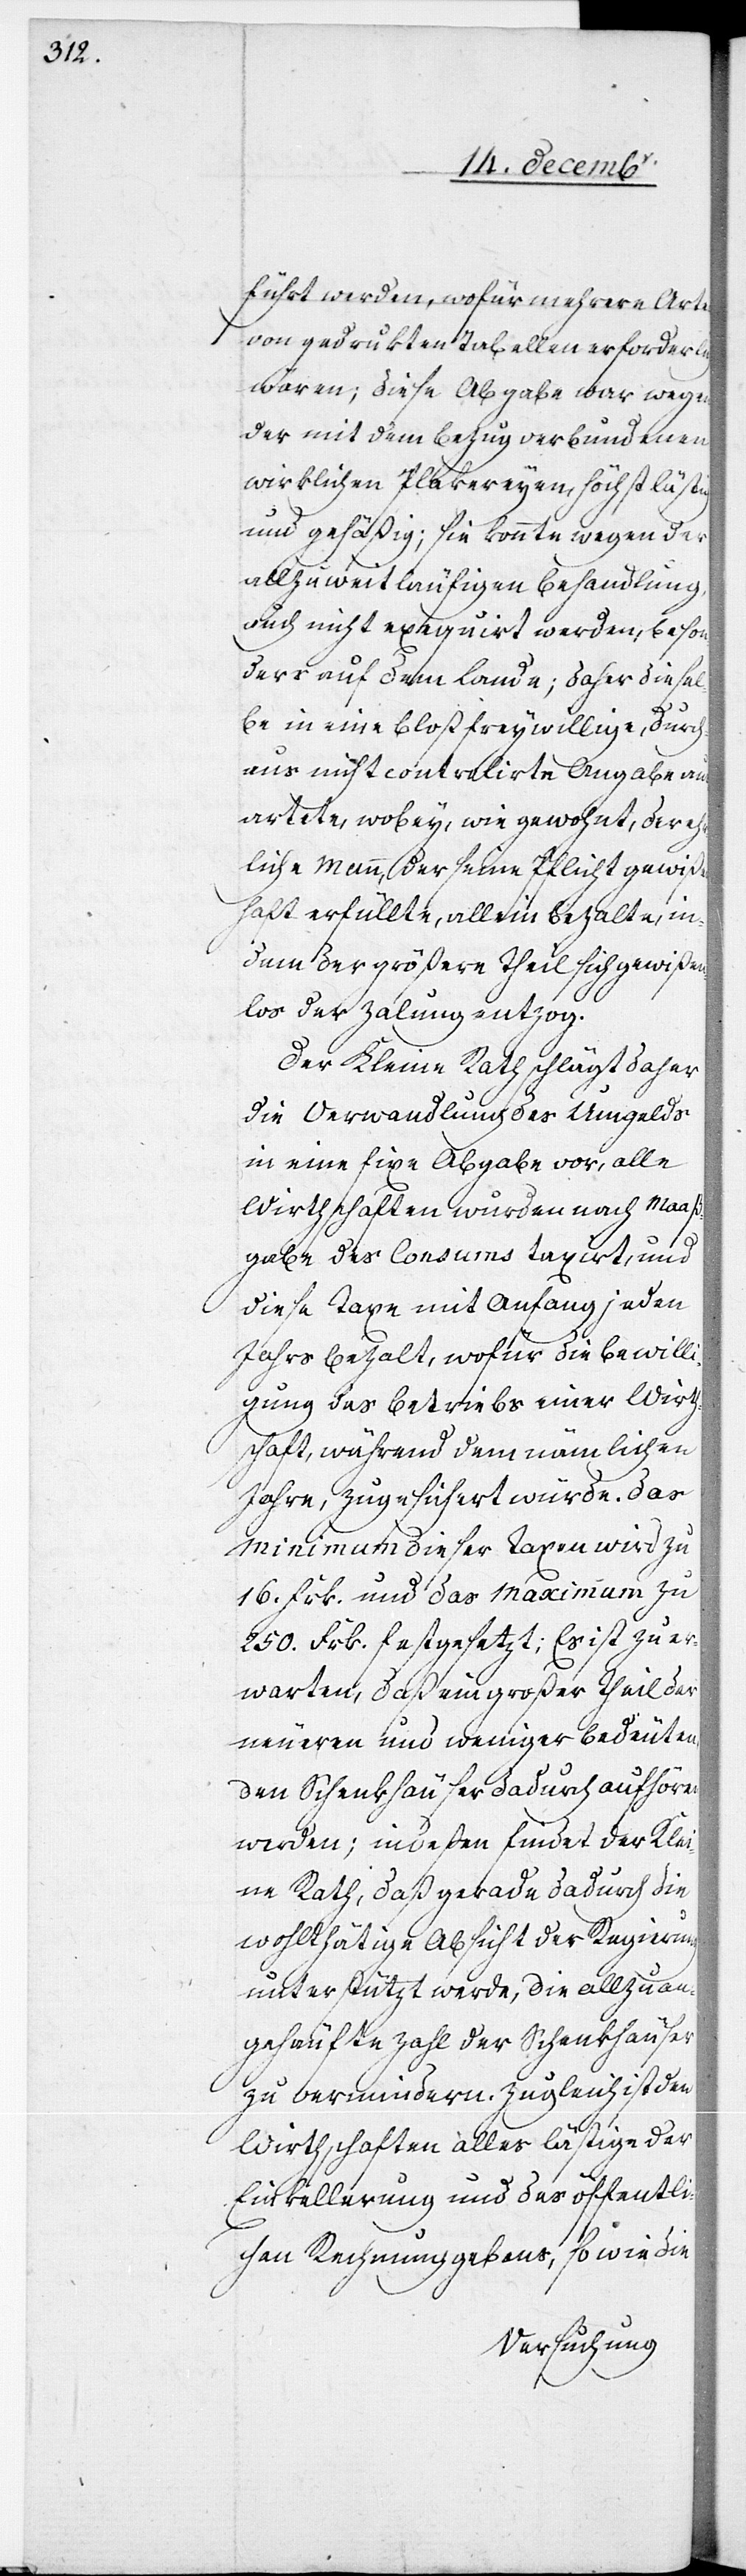
führt werden, wofür mehrere Arten
von gedrukten Tabellen erforderlich
wären; diese Abgabe war wegen
der mit dem Bezug verbundenen
wirklichen Plakereyen, höchst lästig
und gehäßig; sie konnte wegen der
allzu weitläufigen Behandlung,
auch nicht exequirt werden, beson¬
ders auf dem Lande; daher diesel¬
be in eine bloß freywillige, durch¬
aus nicht controlirte Angabe aus¬
artete, wobey, wie gewohnt, der ehr¬
liche Mann, der seine Pflicht gewißen¬
haft erfüllte, allein bezalte, in¬
dem der größere Theil sich gewißen¬
los der Zalung enzog.
Der Kleine Rath schlägt daher
die Verwandlung des Umgelds
in eine fixe Abgabe vor, alle
Wirthschaften wurden nach Maaß¬
gabe des Consums taxirt, und
diese Taxe mit Anfang jeden
Jahrs bezalt, wofür die Bewilli¬
gung des Betriebs einer Wirth¬
schaft, während dem nämlichen
Jahre, zugesichert würde. Das
Minimum dieser Taxen wird zu
16. Frk. und das Maximum zu
250. Frk. festgesetzt; Es ist zu er¬
warten, daß ein großer Theil der
neueren und weniger bedeuten¬
den Schenkhäuser dadurch aufhören
werden; indeßen findet der Klei¬
ne Rath, daß gerade dadurch die
wohlthätige Absicht der Regierung
unterstützt werde, die allzu an¬
gehäufte Zahl der Schenkhäuser
zu vermindern. Zugleich ist den
Wirthschaften alles lästige der
Einkellerung und des öffentli¬
chen Rechnunggebens, so wie die